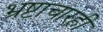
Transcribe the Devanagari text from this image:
भ्रष्टाचारही